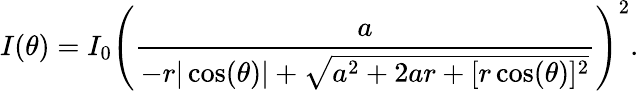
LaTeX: I(\theta)=I_{0}\left(\frac{a}{-r|\cos(\theta)|+\sqrt{a^{2}+2ar+[r\cos(\theta)]^{2}}}\right)^{2}.